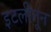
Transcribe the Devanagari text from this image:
इटलीतून